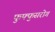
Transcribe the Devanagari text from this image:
फुफ्फुसरोग